Language: tamil
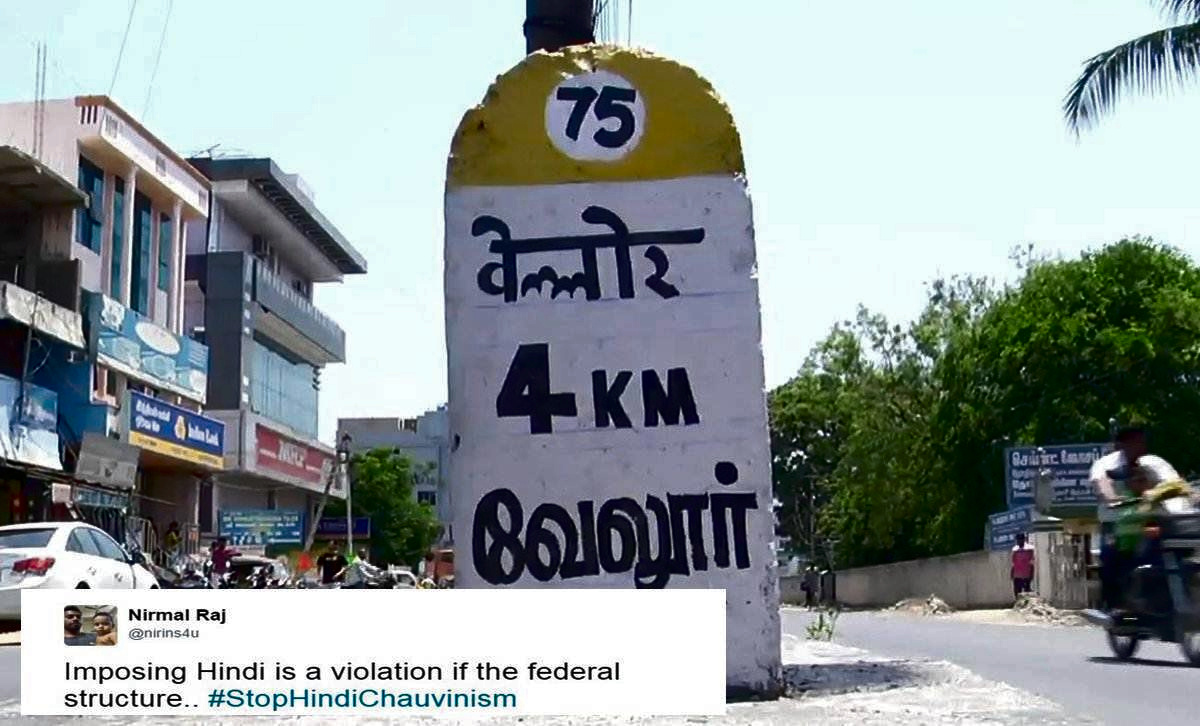
Transcription: வேலூா்